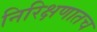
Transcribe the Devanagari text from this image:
निरिक्षणातच